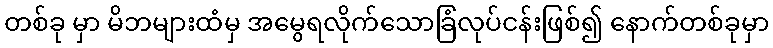
တစ်ခု မှာ မိဘများထံမှ အမွေရလိုက်သောခြံလုပ်ငန်းဖြစ်၍ နောက်တစ်ခုမှာ